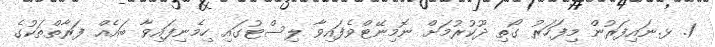
1. ޅ.ނައިފަރުން މިފަހަރު ގޯތި ދޫކުރުމަށް ނޮމިނޭޓްވެފައިވާ ލިސްޓުގައި ހިމެނިފައިވާ ބައެއް ފަރާތްތަކުގެ